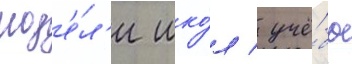
мод'е́л'и шко́л / учё́бы